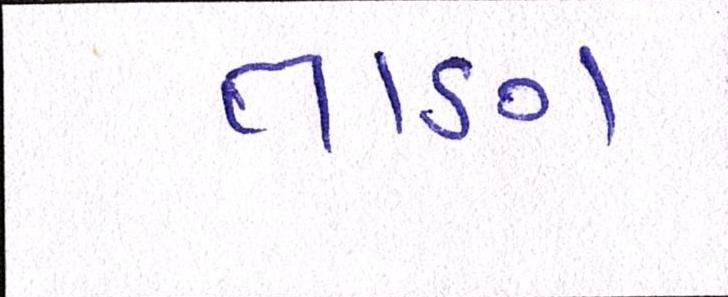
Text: તાણ